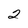
Character: 2